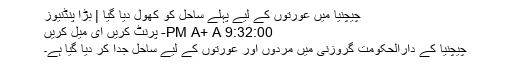
چیچنیا میں عورتوں کے لیے پہلے ساحل کو کھول دیا گیا | بڑا پنڈنیوز
9:32:00 PM A+ A- پرنٹ کریں ای میل کریں
چیچنیا کے دارالحکومت گروزنی میں مردوں اور عورتوں کے لیے ساحل جدا کر دیا گیا ہے۔